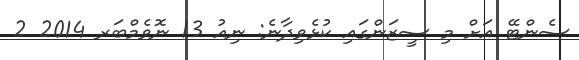
ސެންޓޭ އަށް މި ސީޒަންގައި ކުޅެވިދާނެ: ނިއު 13 ނޮވެމްބަރ 2014 2